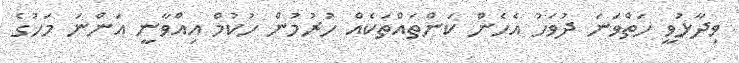
ވިދާޅުވީ ހަތްވަނަ ދުވަހު އެހެން ކަންތައްތަކެއް ހުރުމުން ހުކުމް އިއްވާނީ އަންނަ މަހުގެ